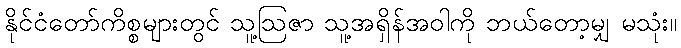
နိုင်ငံတော်ကိစ္စများတွင် သူ့ဩဇာ သူ့အရှိန်အဝါကို ဘယ်တော့မျှ မသုံး။